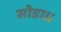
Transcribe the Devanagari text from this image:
सोडा।।